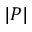
| P |